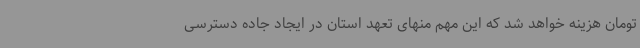
تومان هزینه خواهد شد که این مهم منهای تعهد استان در ایجاد جاده دسترسی